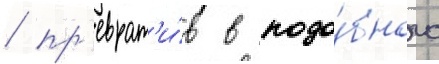
/ пр'еврат'и́в в подо́бного